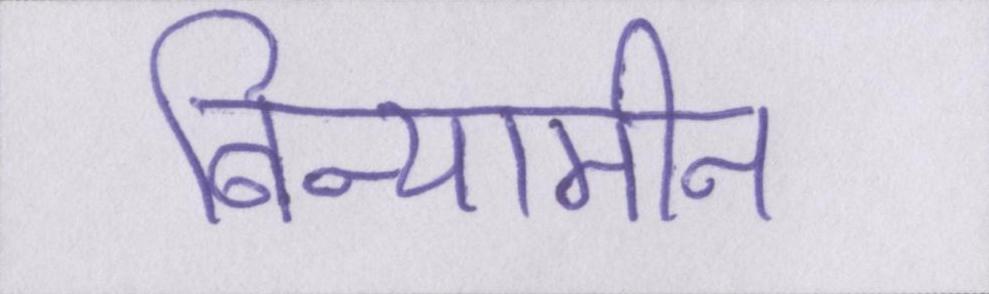
बिन्यामीन